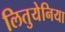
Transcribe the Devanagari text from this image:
लितुयेनिया